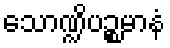
သောဏ္ဍိပဉ္စမာနံ